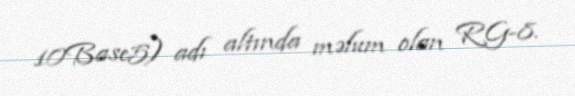
10Base5) adı altında məlum olan RG-8.